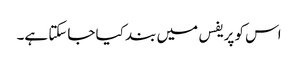
اس کو پریفس میں بند کیا جاسکتا ہے۔